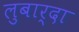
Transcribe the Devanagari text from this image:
लुबार्दा